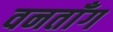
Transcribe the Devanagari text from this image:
वनताँग